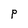
Character: P